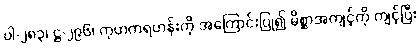
ပါ-၂၈၃၊ ဋ္ဌ-၂၉၆၊ ကုဟကရဟန်းကို အကြောင်းပြု၍ မိစ္ဆာအကျင့်ကို ကျင့်ပြီး